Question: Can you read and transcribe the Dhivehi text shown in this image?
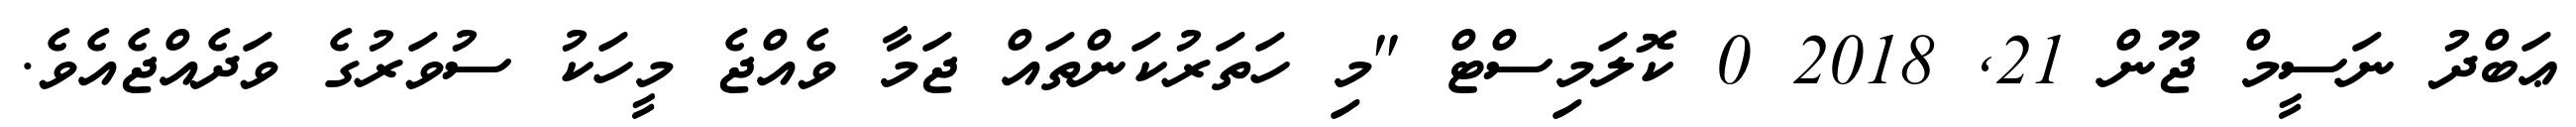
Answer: ޢަބްދު ނަސީމް ޖޫން 21, 2018 0 ކޮލަމިސްޓް "މި ހަތަރުކަންތައް ޖަމާ ވެއްޖެ މީހަކު ސުވަރުގެ ވަދެއްޖެއެވެ.